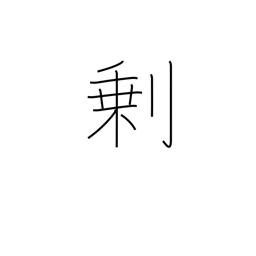
Meaning: surplus